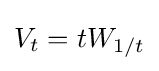
V_{t}=tW_{1/t}